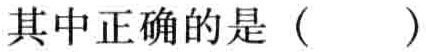
其中正确的是（  ）